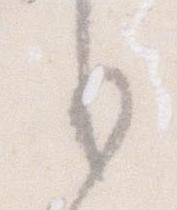
り